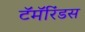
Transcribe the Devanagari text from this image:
टॅमॅरिंडस